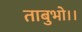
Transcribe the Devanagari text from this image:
ताबुभो।।